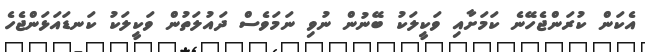
އެކަން ކުރަންޖެހޭނެ ކަމަށާއި ވަކީލަކު ބޭނުން ނުވި ނަމަވެސް ދައުލަތުން ވަކީލަކު ކަނޑައަޅަންޖެހެ